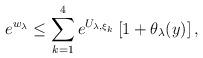
LaTeX: \begin{align*}e^{w_{\lambda}}\leq \sum\limits_{k=1}^4 e^{U_{\lambda,\xi_k}}\left[1+\theta_{\lambda}(y)\right],\end{align*}